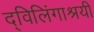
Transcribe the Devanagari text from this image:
द्विलिंगाश्रयी